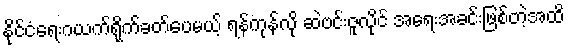
နိုင်ငံရေးဂယက်ရိုက်ခတ်ပေမယ့် ရန်ကုန်လို ဆဲဗင်းဇူလိုင် အရေးအခင်းဖြစ်တဲ့အထိ